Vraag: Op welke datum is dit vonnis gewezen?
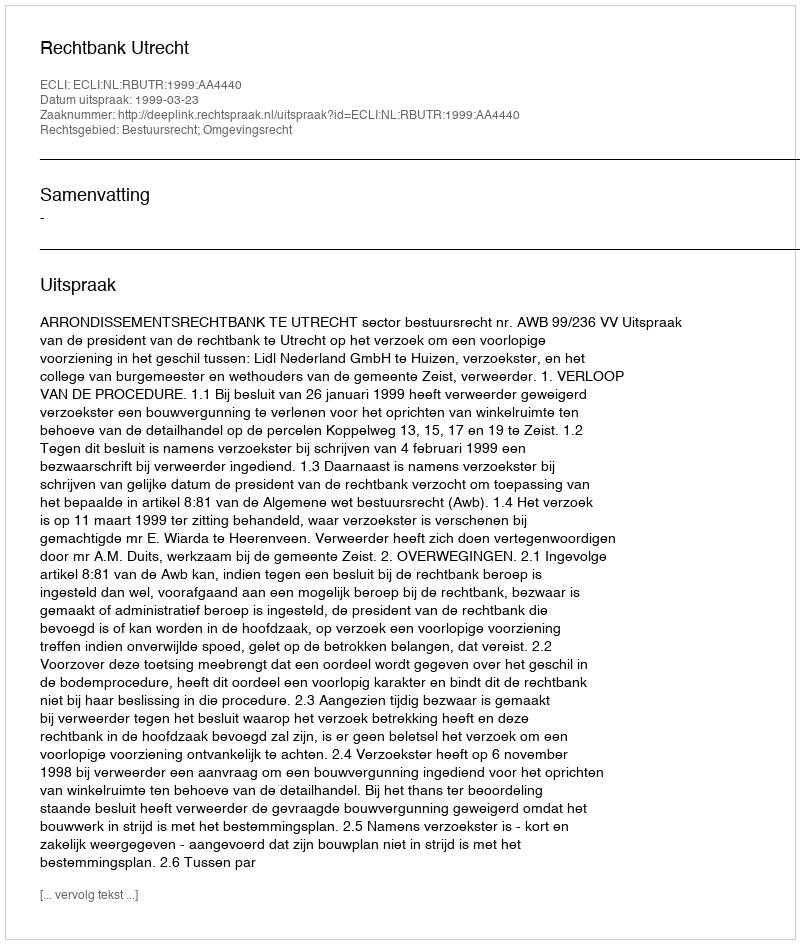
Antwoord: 1999-03-23